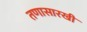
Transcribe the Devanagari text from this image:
तणासारखी